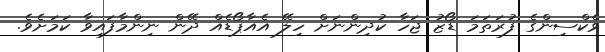
ވެކްސިންގެ ފުރަތަމަ ޑޯޒު ޖަހާ ކުދިންނަށް ހިލޭ އެއާޕޯޑެއް ދޭން ނިންމާފައިވާ ކަމަށެވެ.